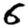
Digit: 6